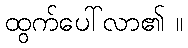
ထွက်ပေါ်လာ၏ ။